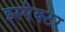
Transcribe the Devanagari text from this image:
इस्पेक्टर